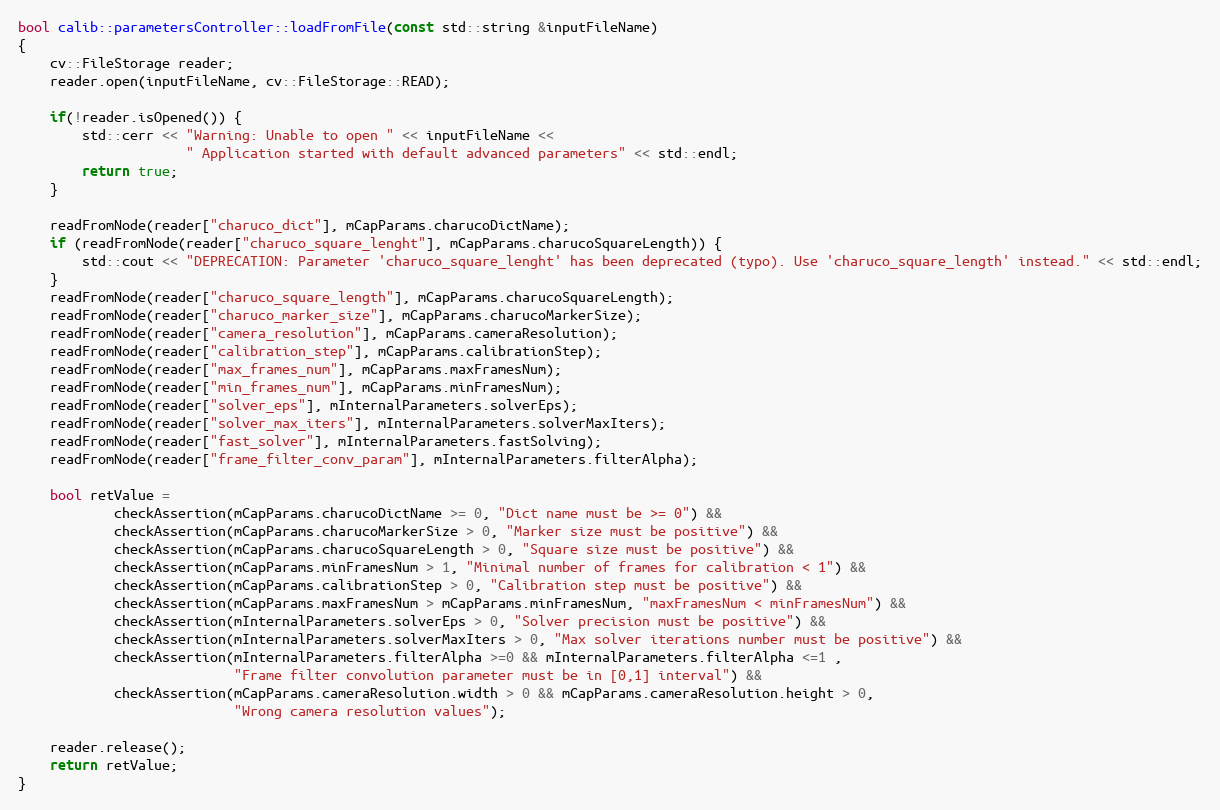
Language: C++
bool calib::parametersController::loadFromFile(const std::string &inputFileName)
{
    cv::FileStorage reader;
    reader.open(inputFileName, cv::FileStorage::READ);

    if(!reader.isOpened()) {
        std::cerr << "Warning: Unable to open " << inputFileName <<
                     " Application started with default advanced parameters" << std::endl;
        return true;
    }

    readFromNode(reader["charuco_dict"], mCapParams.charucoDictName);
    if (readFromNode(reader["charuco_square_lenght"], mCapParams.charucoSquareLength)) {
        std::cout << "DEPRECATION: Parameter 'charuco_square_lenght' has been deprecated (typo). Use 'charuco_square_length' instead." << std::endl;
    }
    readFromNode(reader["charuco_square_length"], mCapParams.charucoSquareLength);
    readFromNode(reader["charuco_marker_size"], mCapParams.charucoMarkerSize);
    readFromNode(reader["camera_resolution"], mCapParams.cameraResolution);
    readFromNode(reader["calibration_step"], mCapParams.calibrationStep);
    readFromNode(reader["max_frames_num"], mCapParams.maxFramesNum);
    readFromNode(reader["min_frames_num"], mCapParams.minFramesNum);
    readFromNode(reader["solver_eps"], mInternalParameters.solverEps);
    readFromNode(reader["solver_max_iters"], mInternalParameters.solverMaxIters);
    readFromNode(reader["fast_solver"], mInternalParameters.fastSolving);
    readFromNode(reader["frame_filter_conv_param"], mInternalParameters.filterAlpha);

    bool retValue =
            checkAssertion(mCapParams.charucoDictName >= 0, "Dict name must be >= 0") &&
            checkAssertion(mCapParams.charucoMarkerSize > 0, "Marker size must be positive") &&
            checkAssertion(mCapParams.charucoSquareLength > 0, "Square size must be positive") &&
            checkAssertion(mCapParams.minFramesNum > 1, "Minimal number of frames for calibration < 1") &&
            checkAssertion(mCapParams.calibrationStep > 0, "Calibration step must be positive") &&
            checkAssertion(mCapParams.maxFramesNum > mCapParams.minFramesNum, "maxFramesNum < minFramesNum") &&
            checkAssertion(mInternalParameters.solverEps > 0, "Solver precision must be positive") &&
            checkAssertion(mInternalParameters.solverMaxIters > 0, "Max solver iterations number must be positive") &&
            checkAssertion(mInternalParameters.filterAlpha >=0 && mInternalParameters.filterAlpha <=1 ,
                           "Frame filter convolution parameter must be in [0,1] interval") &&
            checkAssertion(mCapParams.cameraResolution.width > 0 && mCapParams.cameraResolution.height > 0,
                           "Wrong camera resolution values");

    reader.release();
    return retValue;
}